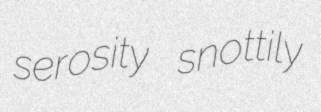
serosity snottily